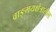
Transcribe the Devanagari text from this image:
वाङ्मयक्षेत्रातील